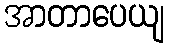
အာတာပေယျ